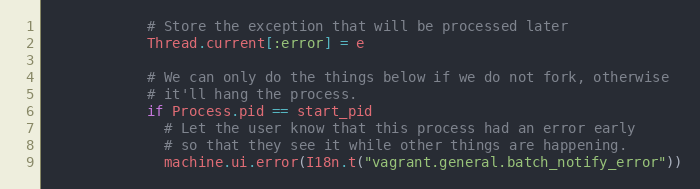
Language: Ruby
            # Store the exception that will be processed later
            Thread.current[:error] = e

            # We can only do the things below if we do not fork, otherwise
            # it'll hang the process.
            if Process.pid == start_pid
              # Let the user know that this process had an error early
              # so that they see it while other things are happening.
              machine.ui.error(I18n.t("vagrant.general.batch_notify_error"))